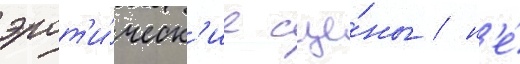
эрот'и́ческ'ие сце́ны / н'е́